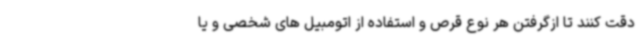
دقت کنند تا ازگرفتن هر نوع قرص و استفاده از اتومبیل های شخصی و یا